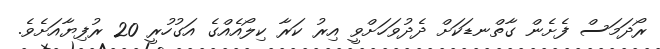
ރޯދަމަސް ފެށެން ގާތްނޑަކަށް ދެދުވަހަށްވީ އިރު ކަރާ ކިލޯއެއްގެ އަގުހުރީ 20 ރުފިޔާއަށެވެ.